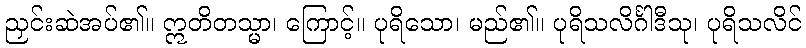
ညှင်းဆဲအပ်၏။ ဣတိတသ္မာ၊ ကြောင့်။ ပုရိသော၊ မည်၏။ ပုရိသလိင်္ဂါဒီသု၊ ပုရိသလိင်